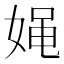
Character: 𰌉